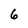
Character: 6